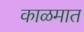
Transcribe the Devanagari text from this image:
काळमात